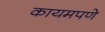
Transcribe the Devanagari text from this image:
कायमपणे